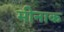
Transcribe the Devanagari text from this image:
मीनाक